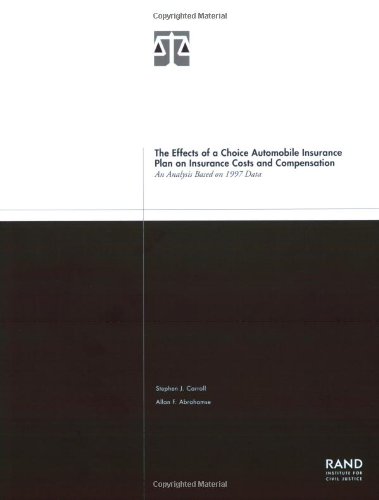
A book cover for The Effects of a Choice Automobile Insurance Plan on Insurance Costs and Compensation: An Analysis Based on 1997 Data; Stephen J. Carroll; Engineering & Transportation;